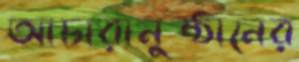
আচারানুষ্ঠানের